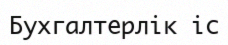
Бухгалтерлік іс